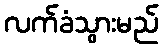
လက်ခံသွားမည်